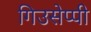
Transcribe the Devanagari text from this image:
गिउसेप्पी